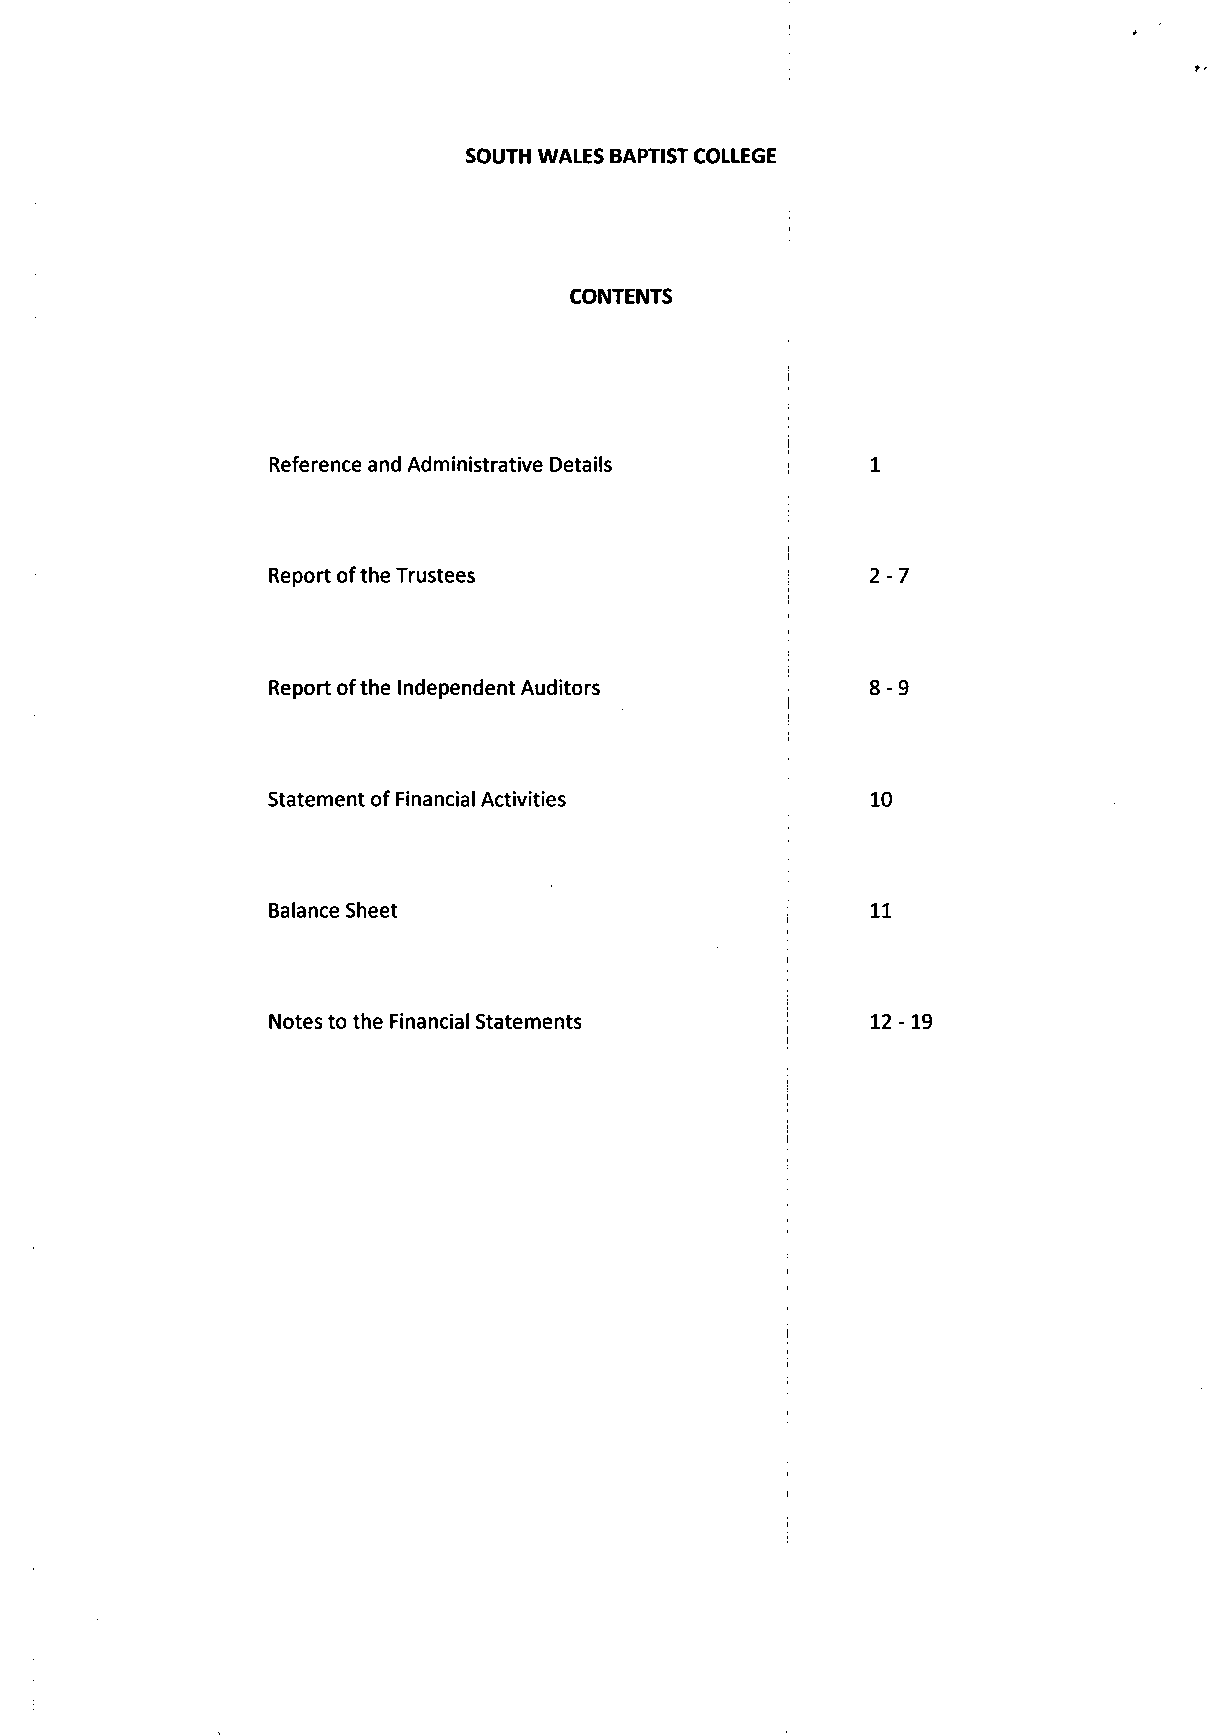
SOUTH WALES BAPTIST COLLEGE
 CONTENTS
 j
 Reference and Administrative Details    1
 Report ofthe Trustees                   2-7
 Report ofthe Independent Auditors      8-9
 |
 Statement of Financial Activities       10
 Balance Sheet                     ;     11
 Notes to the Financial Statements !     12-19